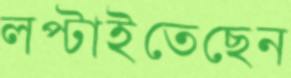
লপ্‌টাইতেছেন